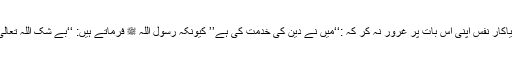
اس سلسلے میں یہ مقولہ ہماری دستگیری کرتا ہے کہ:’’اے ریاکار نفس اپنی اس بات پر غرور نہ کر کہ :‘‘میں نے دین کی خدمت کی ہے’’ کیونکہ رسول اللہ ﷺ فرماتے ہیں: ‘‘بے شک اللہ تعالیٰ کسی فاجر انسان کے ذریعے بھی اس دین کی مدد کرتا ہے ۔